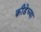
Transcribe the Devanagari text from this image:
क्रीडेच्या